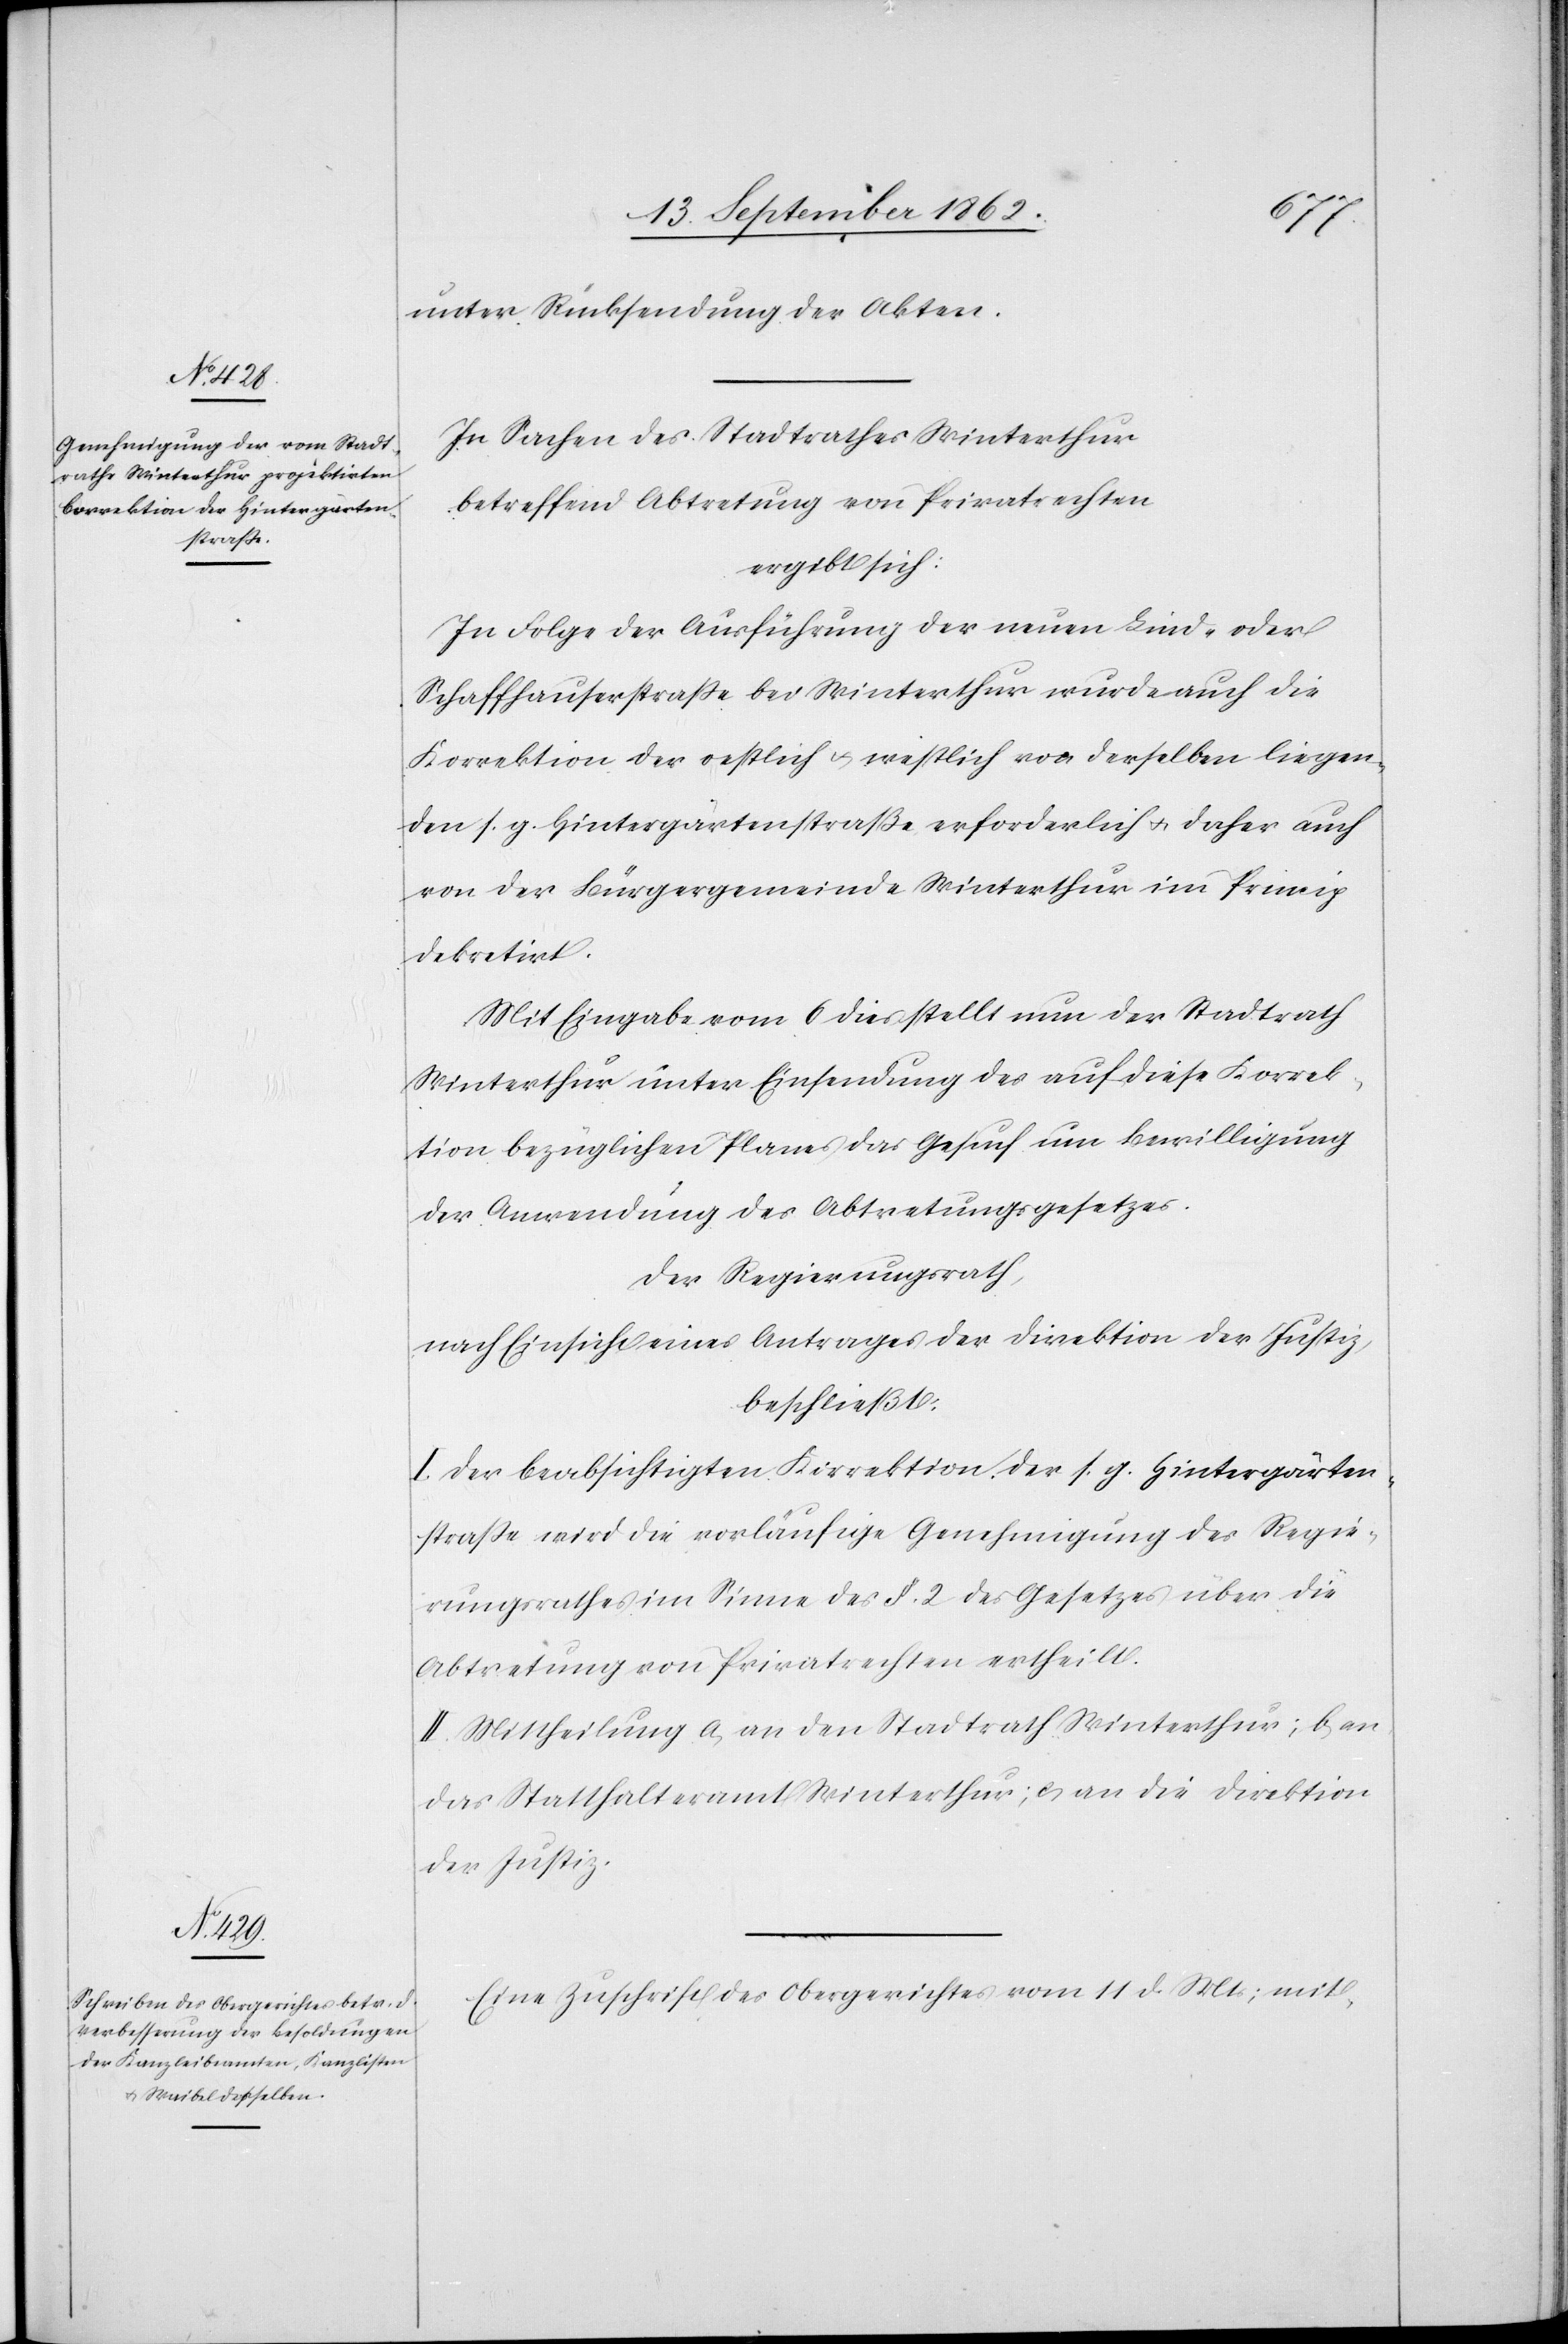
unter Rücksendung der Akten.
In Sachen des Stadtrathes Winterthur
betreffend Abtretung von Privatrechten
ergibt sich:
In Folge der Ausführung der neuen Lind- oder
Schaffhauserstraße bei Winterthur wurde auch die
Korrektion der oestlich u. westlich von derselben liegen¬
den s. g. Hintergärtenstraße erforderlich u. daher auch
von der Bürgergemeinde Winterthur im Princip
dekretirt.
Mit Eingabe vom 6. dies stellt nun der Stadtrath
Winterthur unter Einsendung des auf diese Korrek¬
tion bezüglichen Planes das Gesuch um Bewilligung
der Anwendung des Abtretungsgesetzes.
Der Regierungsrath,
nach Einsicht eines Antrages der Direktion der Justiz,
beschließt:
I. Der beabsichtigten Korrektion der s. g. Hintergärten¬
straße wird die vorläufige Genehmigung des Regie¬
rungsrathes im Sinne des § 2 des Gesetzes über die
Abtretung von Privatrechten ertheilt.
II. Mittheilung a. an den Stadtrath Winterthur; b. an
das Statthalteramt Winterthur; c. an die Direktion
der Justiz.
Eine Zuschrift des Obergerichtes vom 11. d. Mts; mit-